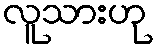
လူသားဟု